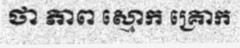
ថា ភាព ស្មោក គ្រោក